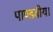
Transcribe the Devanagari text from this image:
पाण्डवीय।